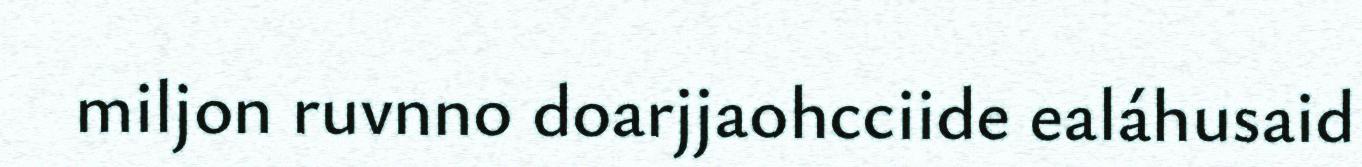
miljon ruvnno doarjjaohcciide ealáhusaid